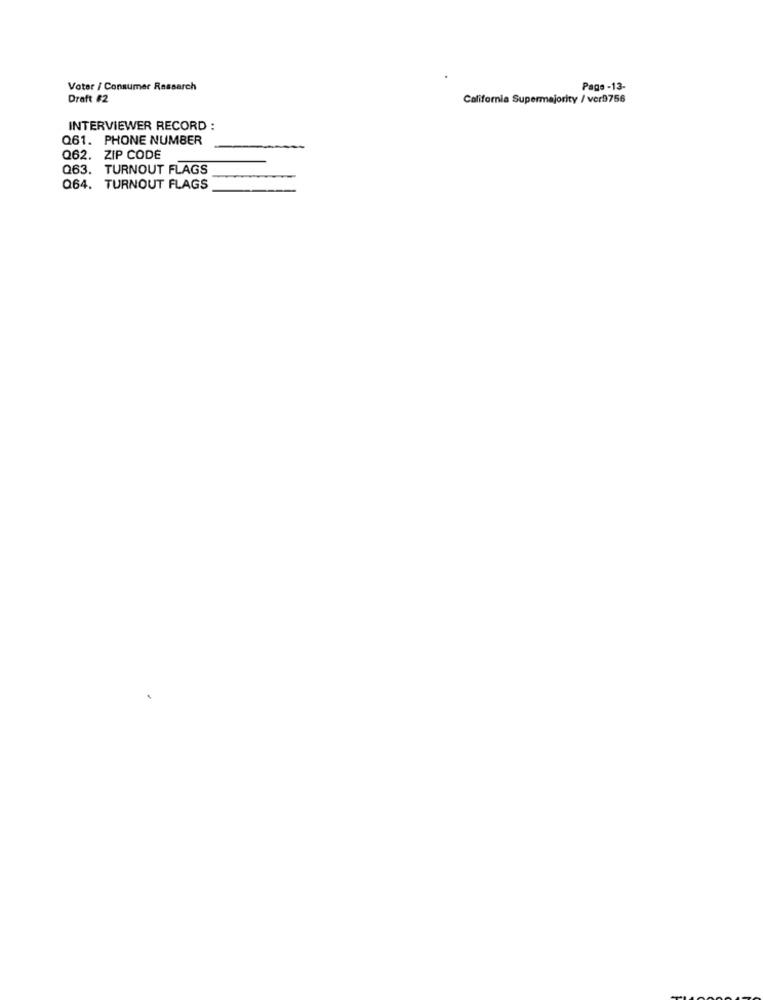
Voter / Consumer Research
Page -13-
Draft #2
California Supermajority / ver9756
INTERVIEWER RECORD :
Q61. PHONE NUMBER
Q62. ZIP CODE
Q63. TURNOUT FLAGS
Q64. TURNOUT FLAGS